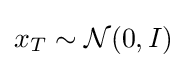
x_{T}\sim {\mathcal {N}}(0,I)